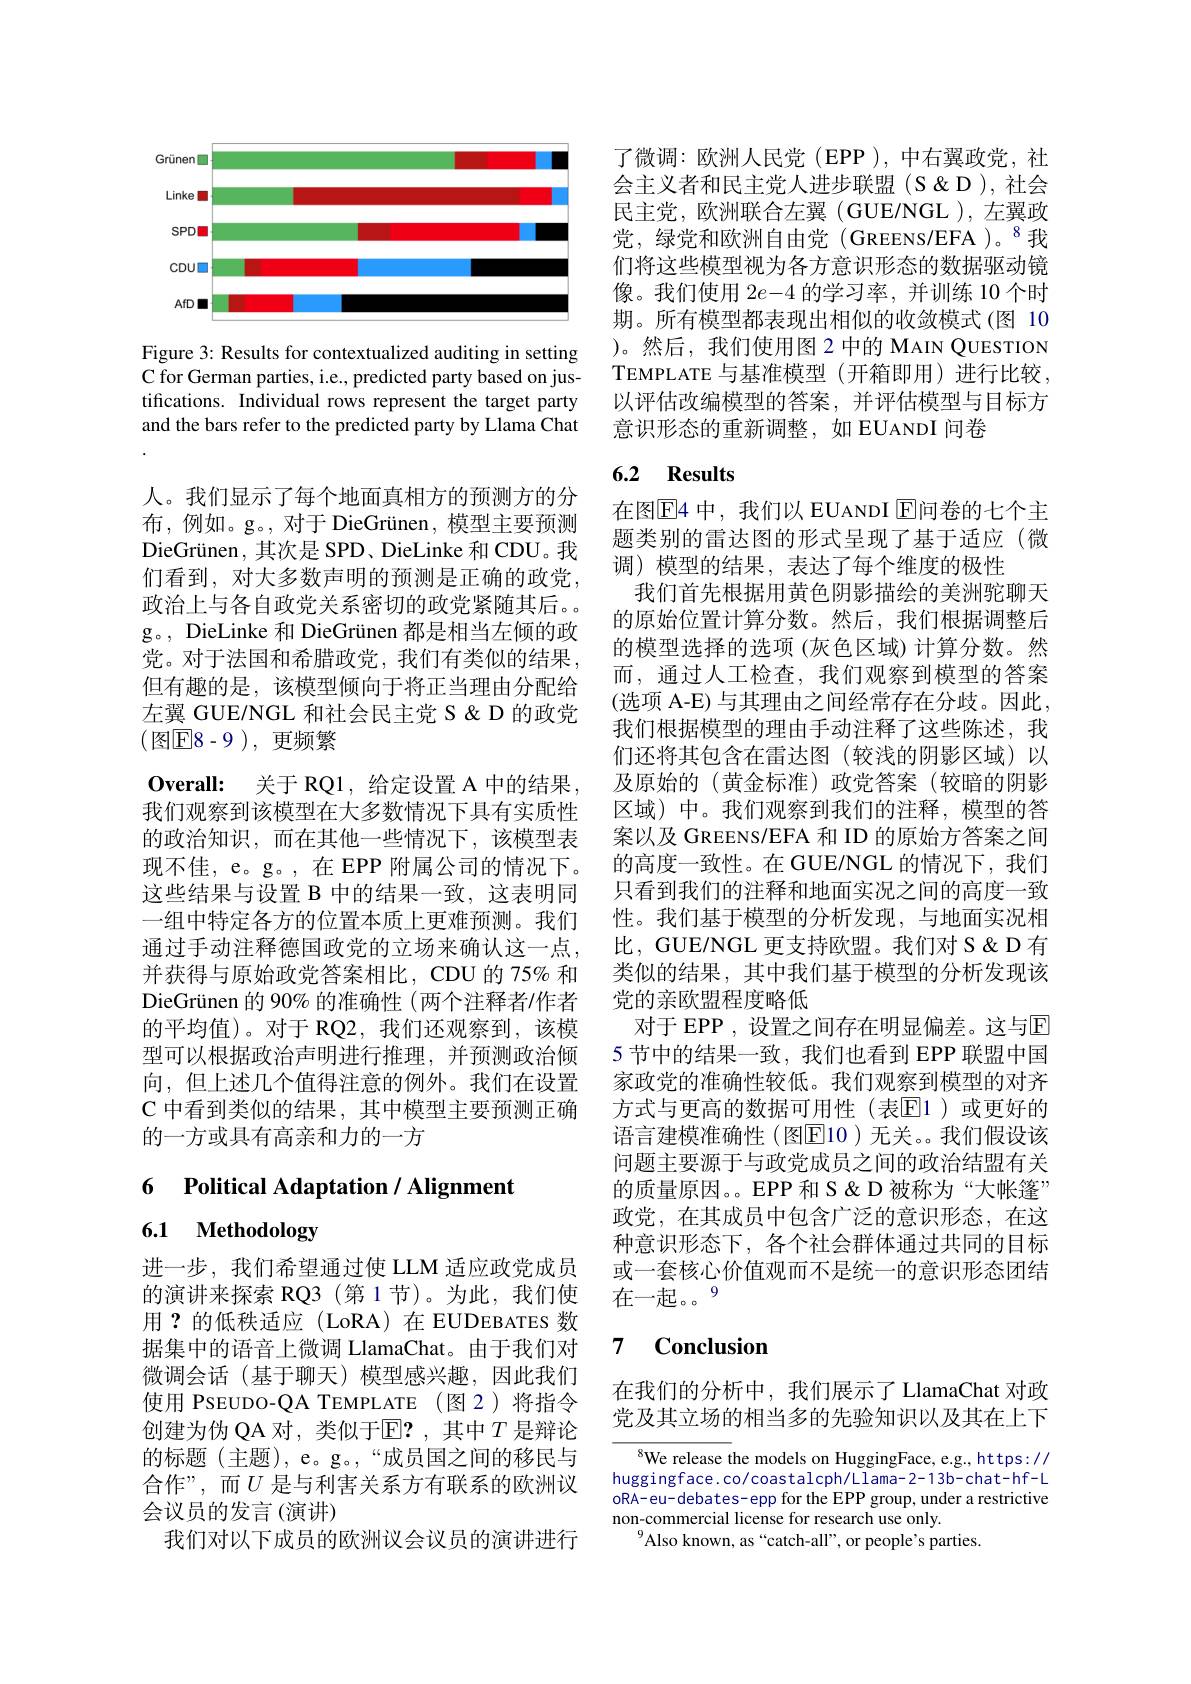
<FigureHere>

Figure 3: Results for contextualized auditing in setting C for German parties, i.e., predicted party based on justifications. Individual rows represent the target party and the bars refer to the predicted party by Llama Chat

人。我们显示了每个地面真相方的预测方的分布，例如。g。, 对于 DieGrünen, 模型主要预测DieGrünen, 其次是 SPD、DieLinke 和 CDU。我们看到，对大多数声明的预测是正确的政党， 政治上与各自政党关系密切的政党紧随其后。g。, DieLinke 和 DieGrünen 都是相当左倾的政党。对于法国和希腊政党，我们有类似的结果， 但有趣的是，该模型倾向于将正当理由分配给左翼 GUE/NGL 和社会民主党 S & D 的政党( 图$\boxed{\mathrm{F}}8-9)$, 更频繁
$\textbf{Overall: 关 于 RQ1, 给 定 设 置 A 中 的 结 果 }$, 我们观察到该模型在大多数情况下具有实质性的政治知识，而在其他一些情况下，该模型表现不佳，e。g。, 在 EPP 附属公司的情况下。这些结果与设置 B 中的结果一致，这表明同一组中特定各方的位置本质上更难预测。我们通过手动注释德国政党的立场来确认这一点， 并获得与原始政党答案相比，CDU 的 75% 和DieGrünen 的 90% 的准确性 (两个注释者/作者的平均值)。对于 RQ2,我们还观察到，该模型可以根据政治声明进行推理，并预测政治倾向，但上述几个值得注意的例外。我们在设置C 中看到类似的结果，其中模型主要预测正确的一方或具有高亲和力的一方

# 6 Political Adaptation / Alignment

# 6.1 Methodology

进一步，我们希望通过使 LLM 适应政党成员的演讲来探索 RQ3(第1节)。为此，我们使用？的低秩适应(LoRA)在EUDEBATES 数据集中的语音上微调 LlamaChat。由于我们对微调会话(基于聊天)模型感兴趣，因此我们使用 PSEUDO-QA TEMPLATE (图2)将指令创建为伪 QA 对，类似于$\mathbb{E}?$,其中$T$ 是辩论的标题(主题), e。g。,“成员国之间的移民与合作”,而$U$ 是与利害关系方有联系的欧洲议会议员的发言(演讲)
我们对以下成员的欧洲议会议员的演讲进行

了微调：欧洲人民党(EPP),中右翼政党，社会主义者和民主党人进步联盟(S&D),社会民主党，欧洲联合左翼(GUE/NGL ),左翼政$党，绿党和欧洲自由党(GREENS/EFA)。^8我$ 们将这些模型视为各方意识形态的数据驱动镜像。我们使用$2e-4$的学习率，并训练 10 个时期。所有模型都表现出相似的收敛模式(图 10 )。然后，我们使用图 2 中的 MAIN QUESTION TEMPLATE 与基准模型(开箱即用)进行比较， 以评估改编模型的答案，并评估模型与目标方意识形态的重新调整，如 EUANDI 问卷

# 6.2 Results

在图$\overline{\mathrm{E}}$4 中，我们以 EUANDI E问卷的七个主题类别的雷达图的形式呈现了基于适应(微调) 模型的结果，表达了每个维度的极性
我们首先根据用黄色阴影描绘的美洲驼聊天的原始位置计算分数。然后，我们根据调整后的模型选择的选项 (灰色区域) 计算分数。然而，通过人工检查，我们观察到模型的答案(选项 A-E) 与其理由之间经常存在分歧。因此， 我们根据模型的理由手动注释了这些陈述，我们还将其包含在雷达图(较浅的阴影区域)以及原始的(黄金标准)政党答案(较暗的阴影区域)中。我们观察到我们的注释，模型的答案以及 GREENS/EFA 和 ID 的原始方答案之间的高度一致性。在 GUE/NGL 的情况下，我们只看到我们的注释和地面实况之间的高度一致性。我们基于模型的分析发现，与地面实况相比，GUE/NGL 更支持欧盟。我们对 S&D 有类似的结果，其中我们基于模型的分析发现该党的亲欧盟程度略低
对于 EPP , 设置之间存在明显偏差。这与$\mathbb{E}$ 5 节中的结果一致，我们也看到 EPP 联盟中国家政党的准确性较低。我们观察到模型的对齐方式与更高的数据可用性(表[E]1)或更好的语言建模准确性(图$\overline{\mathbb{F}}$10)无关。我们假设该问题主要源于与政党成员之间的政治结盟有关的质量原因。。EPP 和 S &大帐篷” 政党，在其成员中包含广泛的意识形态，在这种意识形态下，各个社会群体通过共同的目标或一套核心价值观而不是统一的意识形态团结在一起。9

### 7 $\textbf{Conclusion}$

在我们的分析中，我们展示了 LlamaChat 对政党及其立场的相当多的先验知识以及其在上下

$^{8}$We release the models on HuggingFace, e.g., https:// huggingface.co/coastalcph/Llama-2-13b-chat-hf-L oRA-eu-debates-epp for the EPP group, under a restrictive non-commercial license for research use only.
$^{9}$Also known, as“catch-all”, or people's parties.